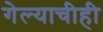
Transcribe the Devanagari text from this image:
गेल्याचीही